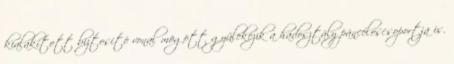
kialakított biztosító vonal mögött gyülekezik a hadosztály páncéloscsoportja is.